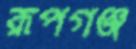
রূপগঞ্জ